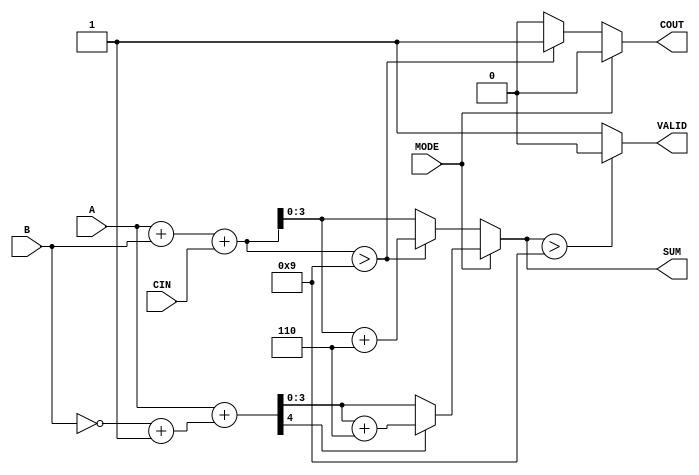
module BCD_Add_Subtracter (
    input  wire [3:0] A,      // 4-bit BCD input A
    input  wire [3:0] B,      // 4-bit BCD input B
    input  wire MODE,         // 1-bit mode control (0: add, 1: subtract)
    input  wire CIN,          // 1-bit carry-in for addition
    output reg  [3:0] SUM,    // 4-bit BCD result
    output reg  COUT,         // 1-bit carry-out
    output reg  VALID         // 1-bit valid output
);

    wire [4:0] sum;           // 5-bit sum to accommodate carry
    wire [4:0] B_comp;        // Two's complement of B for subtraction

    // Calculate two's complement of B for subtraction
    assign B_comp = {1'b0, ~B} + 1'b1;

    // Perform addition or subtraction based on MODE
    always @(*) begin
        if (MODE == 0) begin // Addition
            sum = A + B + CIN;
            if (sum > 9) begin
                SUM = sum + 6; // Correction for BCD
                COUT = 1;      // Set carry-out
            end else begin
                SUM = sum;
                COUT = 0;      // No carry-out
            end
        end else begin // Subtraction
            sum = A + B_comp; // A + (-B)
            if (sum[4] == 1) begin // Check if result is negative
                SUM = sum + 6; // Correction for BCD
                COUT = 0;      // No carry-out in subtraction
            end else begin
                SUM = sum[3:0]; // Take lower 4 bits
                COUT = 0;       // No carry-out
            end
        end

        // Check if SUM is a valid BCD digit (0-9)
        if (SUM > 9) begin
            VALID = 0; // Invalid BCD
        end else begin
            VALID = 1; // Valid BCD
        end
    end

endmodule